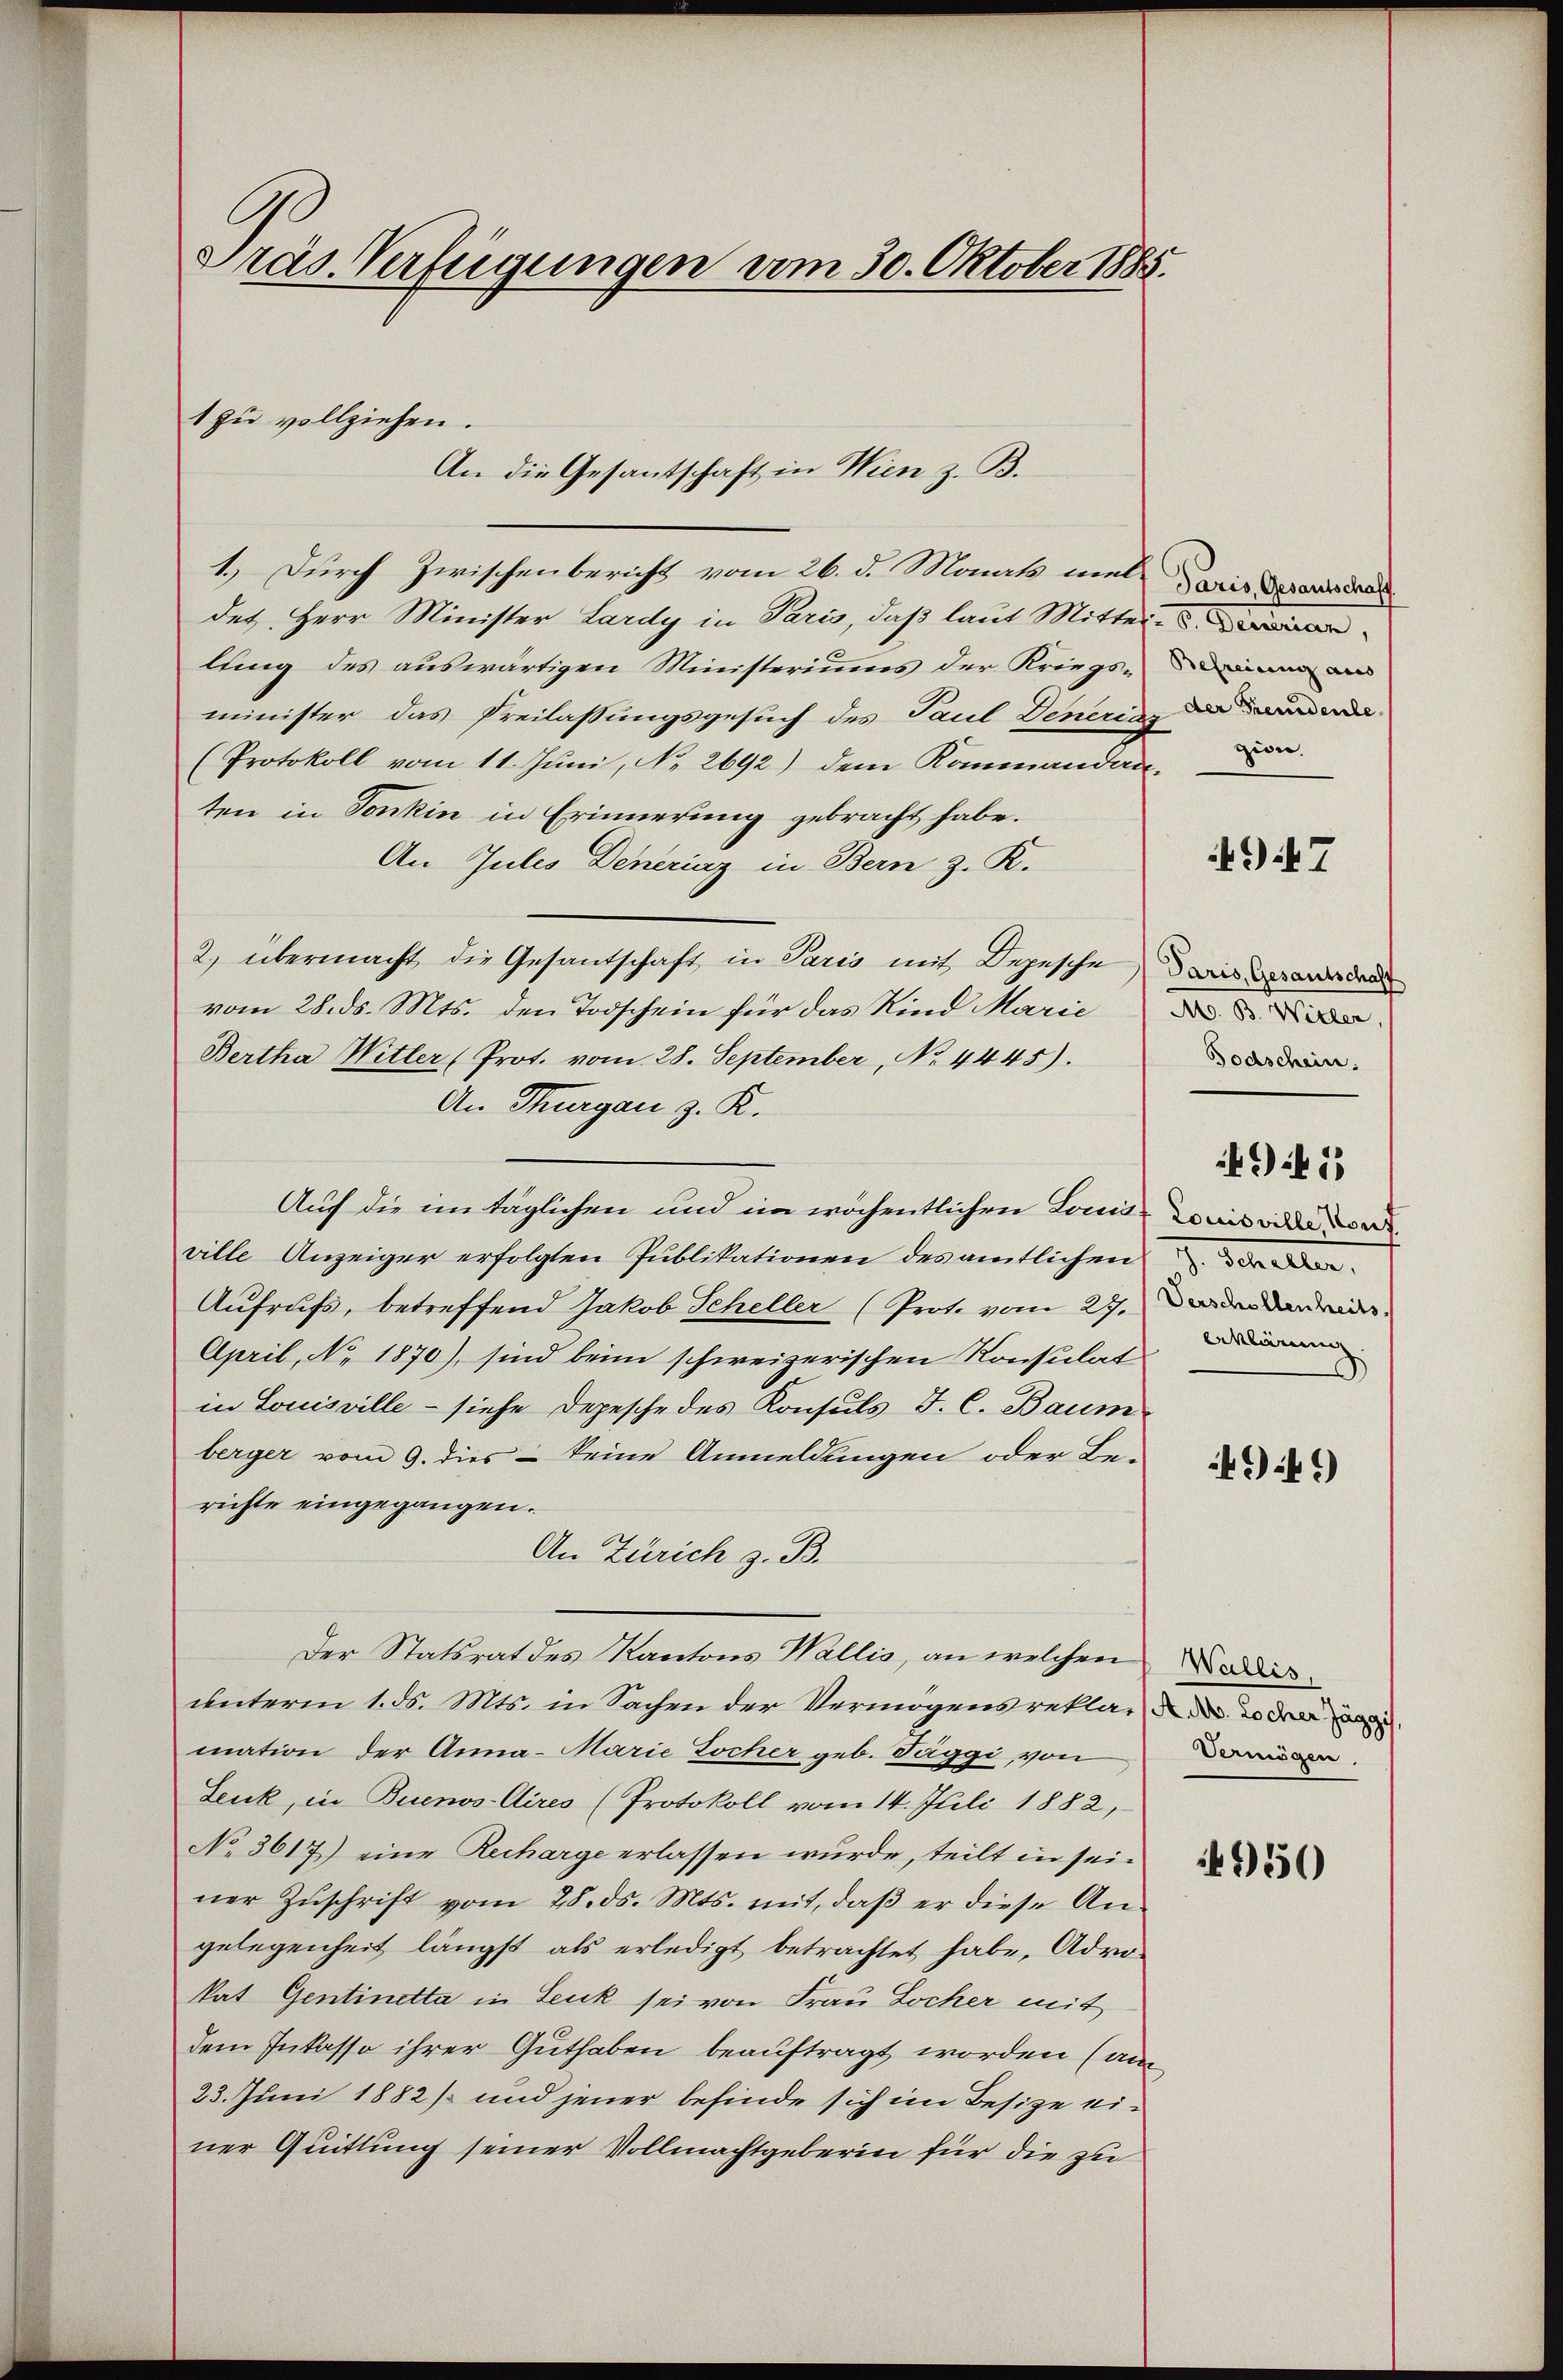
Präs. Verfügungen vom 30. Oktober 1885.

t zu vollziehen.
An die Gesantschaft in Wien z. B.

1.) Durch Zwischenbericht vom 26. d. Monat mal wie der den
des, Herr Minister Lardy in Paris, daß laut Mittei-
lung des auswärtigen Ministeriums der Kriegs-
minister das Preilassungsgesuch des Paul Denerins der ander
(Protokoll vom 11. Juni, No. 2692) dem Kommandan-
ten in Sonkin in Erinnerung gebracht habe.
An Julis Deneriaz in Bern z. R.
2) übermacht die Gesandschaft in Paris mit Depesche wiede
vom 28. ds. Mts. den Todschein für das Kind Marie
Bertha Witter (Prot. vom 28. September, No. 4445).
An Thurgau z. K.
Auch die im täglichen und im wöchentlichen Laus-Comis oder
ville Anzeiger erfolgten Publikationen des amtlichen
Aufrufs, betreffend Jakob Scheller (Prot. vom 27. Der der drei
April, No. 1870), sind beim schweizerischen Konsulat
in Louisville - siehe Depesche des Konsuls J. C. Baum
berger vom 9. dies - keine Anmeldungen oder Berichte eingegangen.
An Zürich z. B.
Der Statsrat des Kantons Wallis, an welchen Badis
unterm 1. d. Mts. in Sachen der Vermögens reklar de oder
mation der Anna-Marie Tocher geb. Taggi von Danien.
Lenk, in Buenos-Aires (Protokoll vom 14. Juli 1882,
No 3617) eine Recharge erlassen wurde, teilt in seiner Zŭschrift vom 28. ds. Mts. mit, daβ er diese An-
gelegenheit längst als erledigt betrachtet habe, Advokat Gentinetta in Leuk sei von Frau Locher mit
dem Inkasso ihrer Guthaben beauftragt worden (am
23. Juni 1882/ und jener befinde sich im Besitze einer Quittung seiner Vollmachtgeberin für die zu

zion.

97

Mo. B. Wirter
Todschein.

Aklärung.

if. 13

4949)

4950